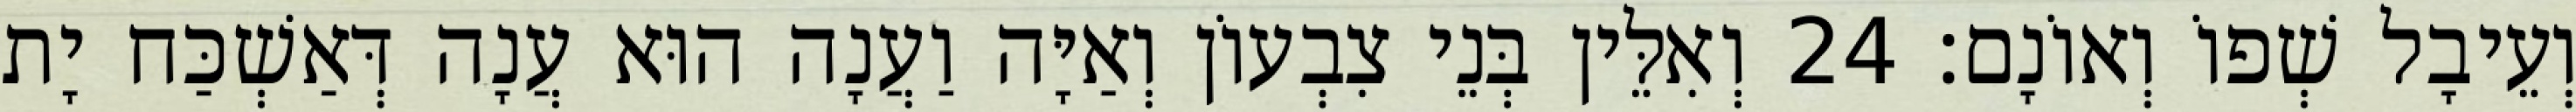
וְעֵיבָל שְׁפוֹ וְאוֹנָם׃ 24 וְאִלֵּין בְּנֵי צִבְעוֹן וְאַיָּה וַעֲנָה הוּא עֲנָה דְּאַשְׁכַּח יָת